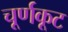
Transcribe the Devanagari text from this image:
चूर्णकूट